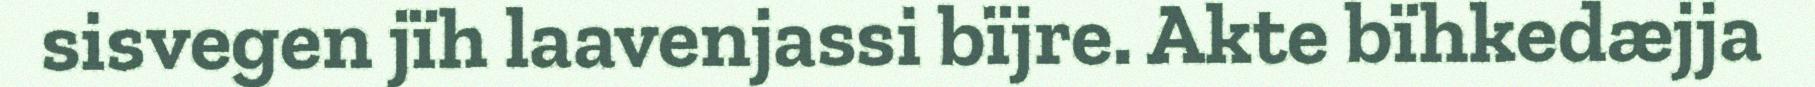
sisvegen jïh laavenjassi bïjre. Akte bïhkedæjja